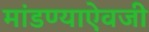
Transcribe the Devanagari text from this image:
मांडण्याऐवजी